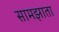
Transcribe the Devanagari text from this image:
सामझाता